Civil Veterinary Dept. Bombay admin report 1932-41 - 1932-1941
Year: 1932
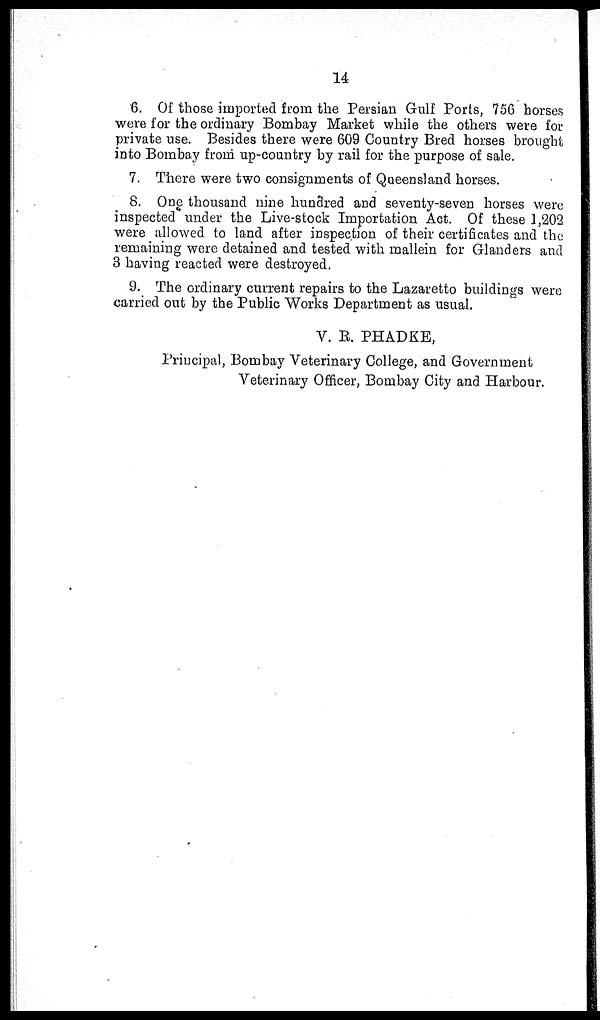
14
6. Of those imported from the Persian Gulf Ports, 756 horses
were for the ordinary Bombay Market while the others were for
private use. Besides there were 609 Country Bred horses brought
into Bombay from up-country by rail for the purpose of sale.
7. There were two consignments of Queensland horses.
8. One thousand nine hundred and seventy-seven horses were
inspected under the Live-stock Importation Act. Of these 1,202
were allowed to land after inspection of their certificates and the
remaining were detained and tested with mallein for Glanders and
3 having reacted were destroyed.
9. The ordinary current repairs to the Lazaretto buildings were
carried out by the Public Works Department as usual.
V. R. PHADKE,
Principal, Bombay Veterinary College, and Government
Veterinary Officer, Bombay City and Harbour.